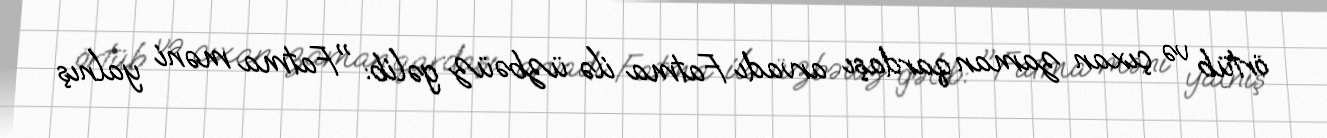
örtüb və çıxan zaman qardaşı arvadı Fatma ilə üzbəüz gəlib: "Fatma məni yalnış